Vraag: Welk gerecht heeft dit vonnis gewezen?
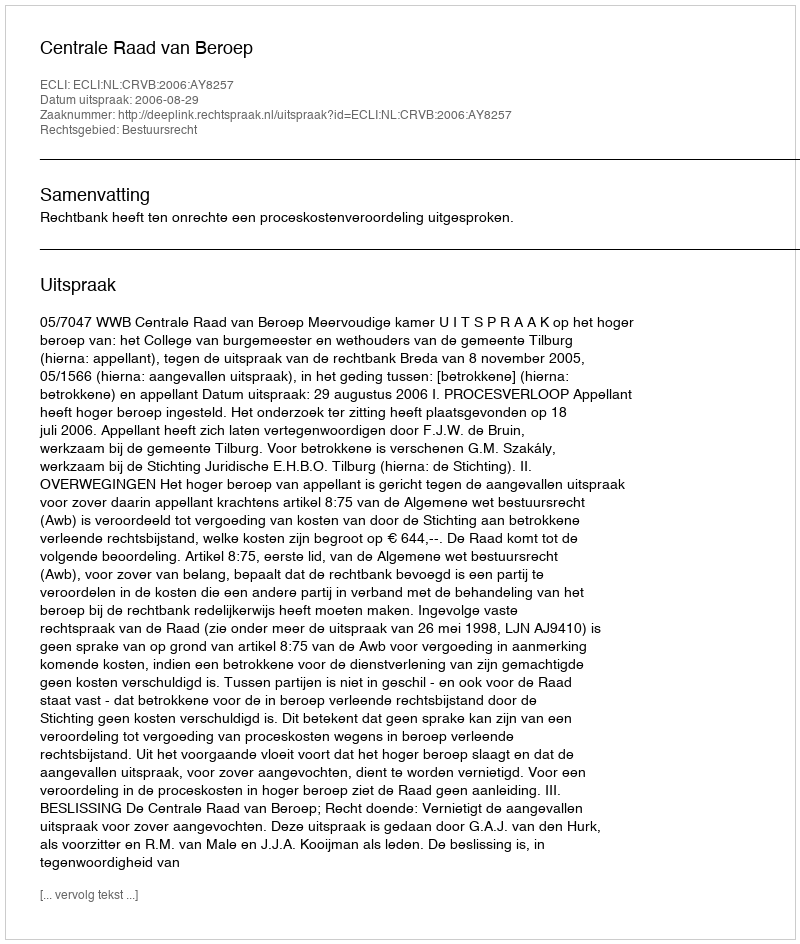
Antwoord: Centrale Raad van Beroep